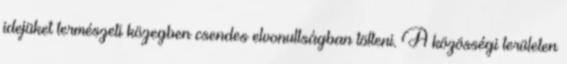
idejüket természeti közegben csendes elvonultságban tölteni. A közösségi területen